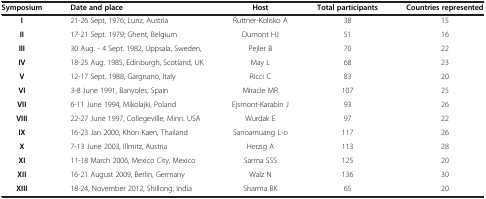
<table><thead><tr><td><b>Symposium</b></td><td><b>Date and place</b></td><td><b>Host</b></td><td><b>Total participants</b></td><td><b>Countries represented</b></td></tr></thead><tbody><tr><td><b>I</b></td><td>21-26 Sept, 1976; Lunz, Austria</td><td>Ruttner-Kolisko A</td><td>38</td><td>15</td></tr><tr><td><b>II</b></td><td>17-21 Sept. 1979; Ghent, Belgium</td><td>Dumont HJ</td><td>51</td><td>16</td></tr><tr><td><b>III</b></td><td>30 Aug. - 4 Sept. 1982, Uppsala, Sweden,</td><td>Pejler B</td><td>70</td><td>22</td></tr><tr><td><b>IV</b></td><td>18-25 Aug. 1985, Edinburgh, Scotland, UK</td><td>May L</td><td>68</td><td>23</td></tr><tr><td><b>V</b></td><td>12-17 Sept. 1988, Gargnano, Italy</td><td>Ricci C</td><td>83</td><td>20</td></tr><tr><td><b>VI</b></td><td>3-8 June 1991, Banyoles, Spain</td><td>Miracle MR</td><td>107</td><td>25</td></tr><tr><td><b>VII</b></td><td>6-11 June 1994, Mikolajki, Poland</td><td>Ejsmont-Karabin J</td><td>93</td><td>26</td></tr><tr><td><b>VIII</b></td><td>22-27 June 1997, Collegeville, Minn. USA</td><td>Wurdak E</td><td>97</td><td>22</td></tr><tr><td><b>IX</b></td><td>16-23 Jan 2000, Khon Kaen, Thailand</td><td>Sanoamuang L-o</td><td>117</td><td>26</td></tr><tr><td><b>X</b></td><td>7-13 June 2003, Illmitz, Austria</td><td>Herzig A</td><td>113</td><td>28</td></tr><tr><td><b>XI</b></td><td>11-18 March 2006, Mexico City, Mexico</td><td>Sarma SSS</td><td>125</td><td>20</td></tr><tr><td><b>XII</b></td><td>16-21 August 2009, Berlin, Germany</td><td>Walz N</td><td>136</td><td>30</td></tr><tr><td><b>XIII</b></td><td>18-24, November 2012, Shillong, India</td><td>Sharma BK</td><td>65</td><td>20</td></tr></tbody></table>